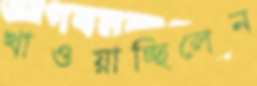
খাওয়াচ্ছিলেন